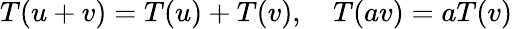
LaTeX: T(u+v)=T(u)+T(v),\quad T(av)=aT(v)